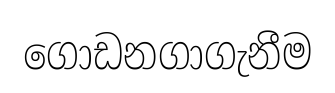
ගොඩනගාගැනීම